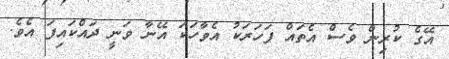
އޭގެ ކުރިން ވެސް އެތައް ފަހަރަކު އެވާހަކަ އޭނާ ވަނީ ދައްކައިފަ އެވެ.